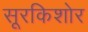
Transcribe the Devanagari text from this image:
सूरकिशोर